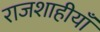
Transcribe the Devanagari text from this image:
राजशाहीयाँ